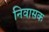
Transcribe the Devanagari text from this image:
निवासक